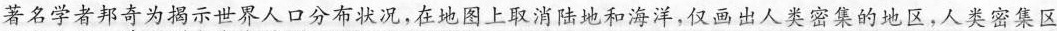
著名学者邦奇为揭示世界人口分布状况，在地图上取消陆地和海洋，仅画出人类密集的地区，人类密集区